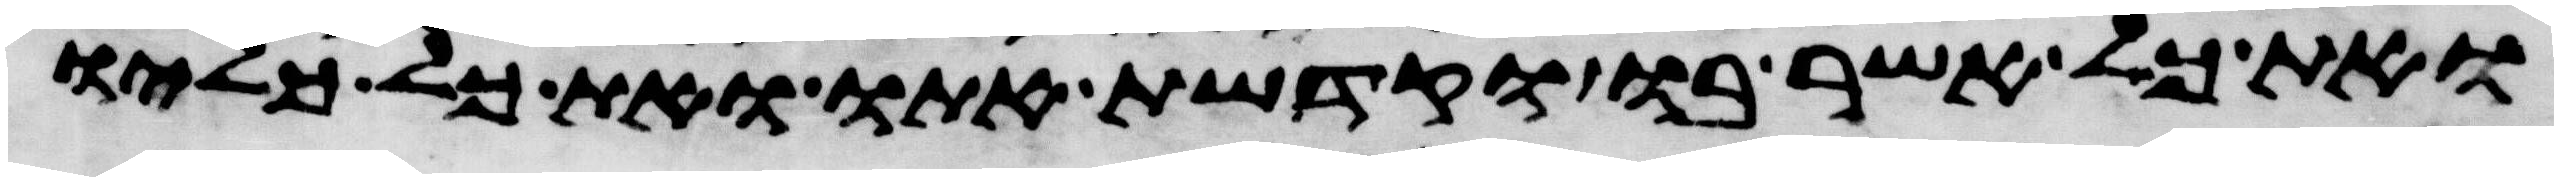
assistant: ואת כל אשר בו וקדשת אתו ואת כל כליו